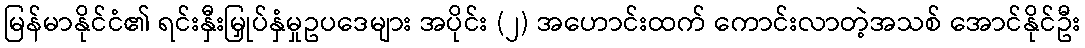
မြန်မာနိုင်ငံ၏ ရင်းနှီးမြှုပ်နှံမှုဥပဒေများ အပိုင်း (၂) အဟောင်းထက် ကောင်းလာတဲ့အသစ် အောင်နိုင်ဦး